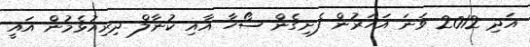
އަދި 2012 ވަނަ އަހަރުން ފެށިގެން ސޯހާ އާއި ކުނާލް ދިރިއުޅެމުން އައީ